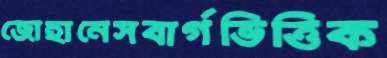
জোহানেসবার্গভিত্তিক